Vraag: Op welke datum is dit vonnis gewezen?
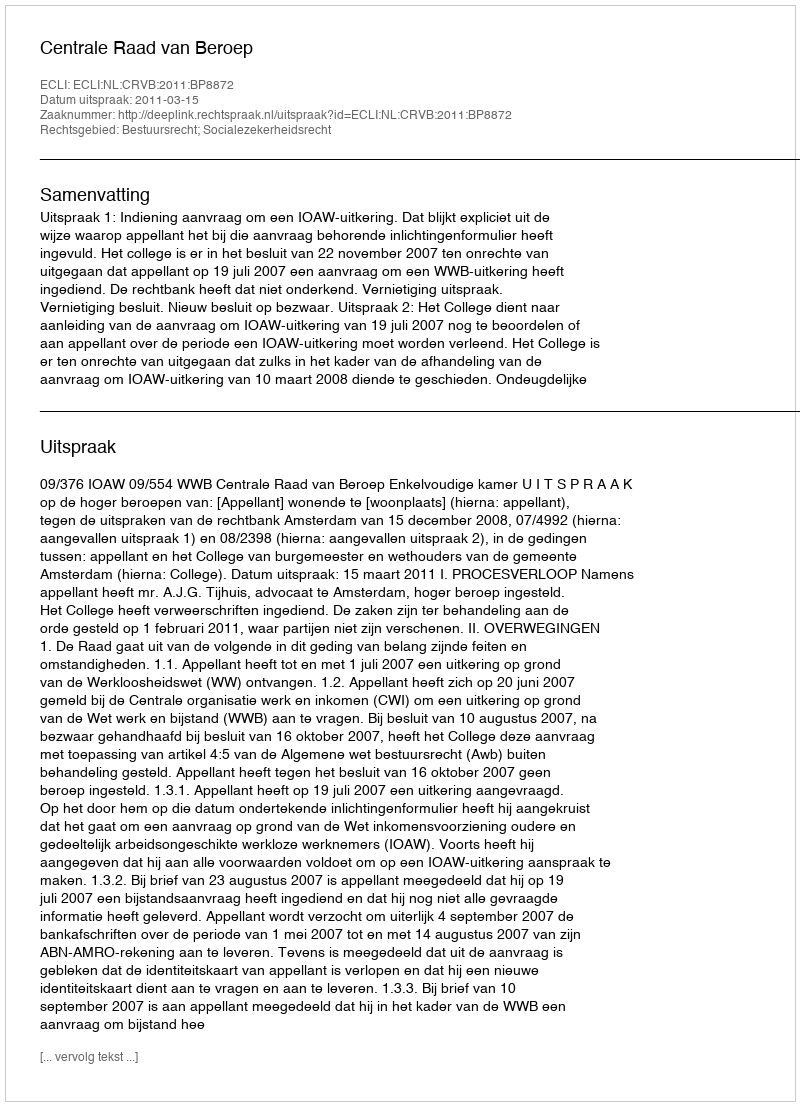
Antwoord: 2011-03-15